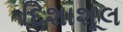
દિશાશૂલ